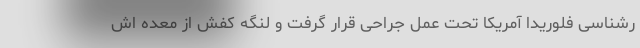
رشناسی فلوریدا آمریکا تحت عمل جراحی قرار گرفت و لنگه کفش از معده اش